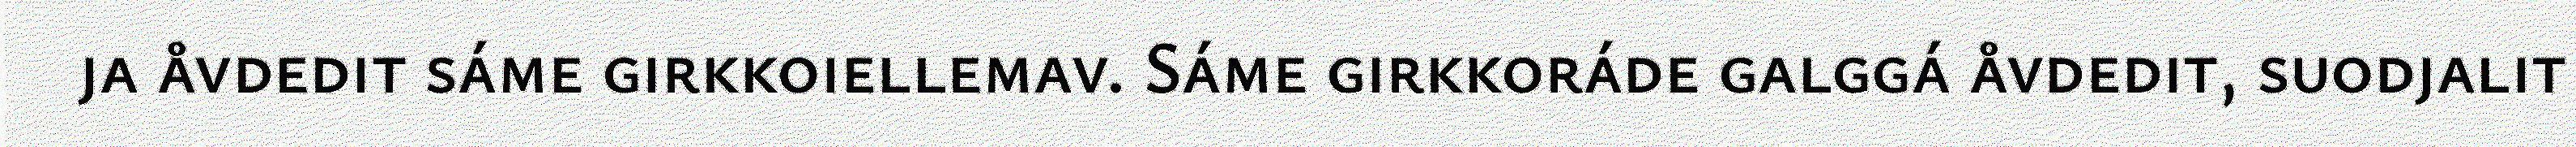
ja åvdedit sáme girkkoiellemav. Sáme girkkoráde galggá åvdedit, suodjalit